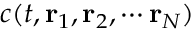
c ( t , { \bf r } _ { 1 } , { \bf r } _ { 2 } , \cdots { \bf r } _ { N } )